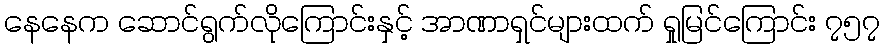
နေနေက ဆောင်ရွက်လိုကြောင်းနှင့် အာဏာရှင်များထက် ရှုမြင်ကြောင်း ၇၅၇